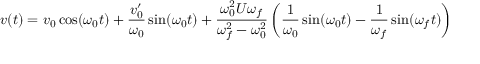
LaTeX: v ( t ) = v _ { 0 } \cos ( \omega _ { 0 } t ) + { \frac { v _ { 0 } ^ { \prime } } { \omega _ { 0 } } } \sin ( \omega _ { 0 } t ) + { \frac { \omega _ { 0 } ^ { 2 } U \omega _ { f } } { \omega _ { f } ^ { 2 } - \omega _ { 0 } ^ { 2 } } } \left( { \frac { 1 } { \omega _ { 0 } } } \sin ( \omega _ { 0 } t ) - { \frac { 1 } { \omega _ { f } } } \sin ( \omega _ { f } t ) \right)